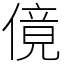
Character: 傹